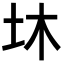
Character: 𡉿